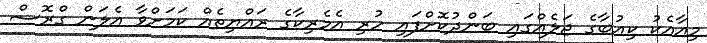
މިއާއެކު ކިއުބާގެ ޖަލެއްގައި ބަންދުކޮށްފައި ހުރި އެމެރިކާގެ ރައްޔިތެއް ކަމަށްވާ އެލަން ގްރޮސް